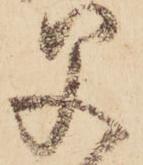
父